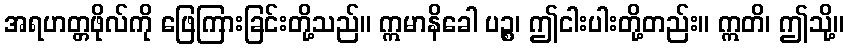
အရဟတ္တဖိုလ်ကို ဖြေကြားခြင်းတို့သည်။ ဣမာနိခေါ ပဉ္စ၊ ဤငါးပါးတို့တည်း။ ဣတိ၊ ဤသို့။